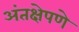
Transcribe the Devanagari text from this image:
अंतक्षेपणे